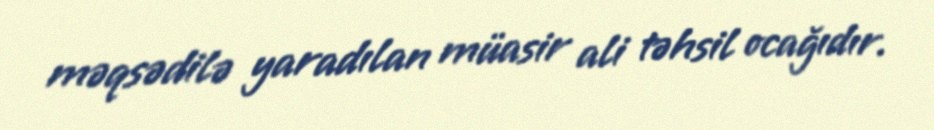
məqsədilə yaradılan müasir ali təhsil ocağıdır.